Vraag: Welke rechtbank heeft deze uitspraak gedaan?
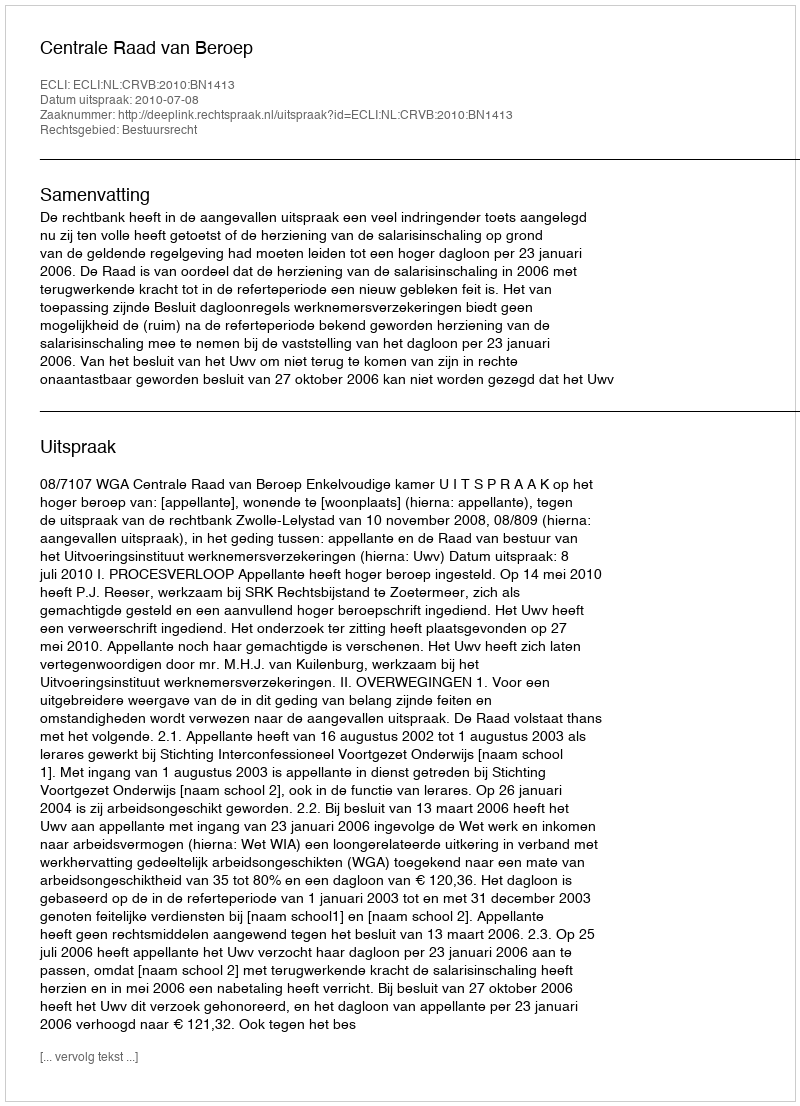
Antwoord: Centrale Raad van Beroep